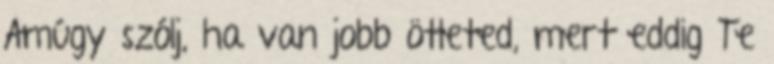
Amúgy szólj, ha van jobb ötleted, mert eddig Te